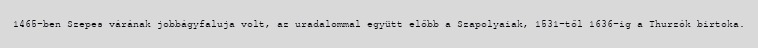
1465-ben Szepes várának jobbágyfaluja volt, az uradalommal együtt előbb a Szapolyaiak, 1531-től 1636-ig a Thurzók birtoka.